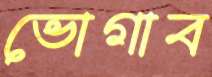
ভোগাব